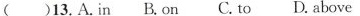
()13.A.in B.on C.to D.above